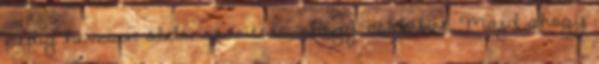
pedig hevesen ölelt, szorított, ahogy csak bírt. Majd ahogy